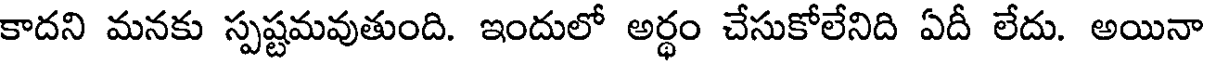
కాదని మనకు స్పష్టమవుతుంది. ఇందులో అర్థం చేసుకోలేనిది ఏదీ లేదు. అయినా